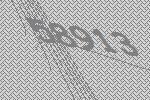
58913